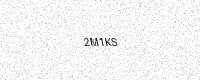
Text: 2M1KS